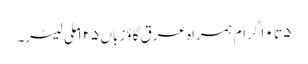
۵ تا ۱۰ گرام ہمراہ عرق گاؤ زباں ۱۲۵ ملی لیٹر۔